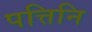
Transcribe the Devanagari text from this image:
पत्तिनि